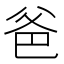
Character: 爸